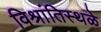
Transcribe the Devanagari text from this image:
विश्रांतिस्थळे